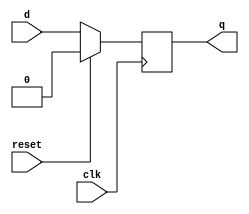
module flip_flop (
    input wire clk,
    input wire reset,
    input wire d,
    output reg q
);

// Define a sequential logic process triggered by the positive edge of the clock
always @ (posedge clk) begin
    if (reset) begin
        q <= 1'b0; // Reset the flip-flop to logic 0
    end else begin
        q <= d; // Update the output based on the input data
    end
end

endmodule